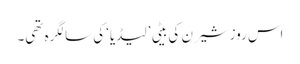
اس روز شیرن کی بیٹی ’لیڈیا‘ کی سالگرہ تھی۔